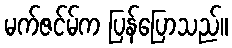
မက်ဇင်မ်က ပြန်ပြောသည်။